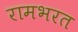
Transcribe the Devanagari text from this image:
रामभरत